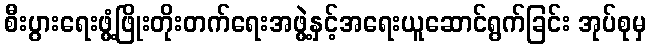
စီးပွားရေးဖွံ့ဖြိုးတိုးတက်ရေးအဖွဲ့နှင့်အရေးယူဆောင်ရွက်ခြင်း အုပ်စုမှ